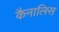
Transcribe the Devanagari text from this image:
कैनालिस